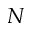
N